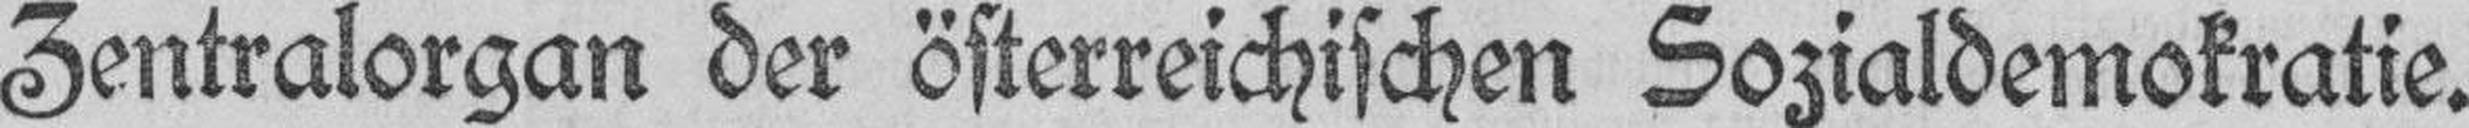
Zentralorgan der österreichischen Sozialdemokratie.